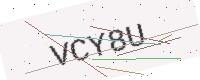
Text: VCY8U